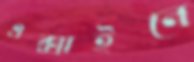
এক্সাইনে